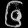
Digit: ၆